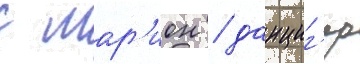
с мар'ион / данциг'ер